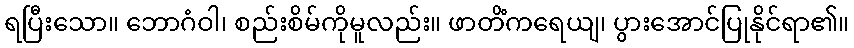
ရပြီးသော။ ဘောဂံဝါ၊ စည်းစိမ်ကိုမူလည်း။ ဖာတိံကရေယျ၊ ပွားအောင်ပြုနိုင်ရာ၏။